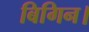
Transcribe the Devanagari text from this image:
बिगिन।